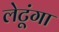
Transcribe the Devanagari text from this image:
लेटूंगा